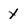
Character: y